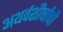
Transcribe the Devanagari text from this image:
अथर्वशीर्षांची